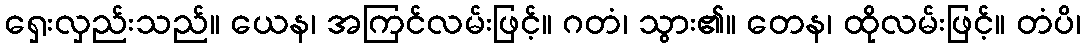
ရှေးလှည်းသည်။ ယေန၊ အကြင်လမ်းဖြင့်။ ဂတံ၊ သွား၏။ တေန၊ ထိုလမ်းဖြင့်။ တံပိ၊